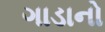
ગાડાનો